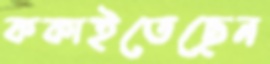
ককাইতেছেন